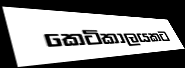
කෙටිකාලයකට